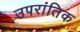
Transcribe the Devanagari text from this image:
उपरांतिक